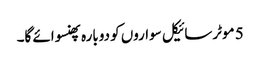
5 موٹرسائیکل سواروں کو دوبارہ پھنسوائے گا۔